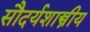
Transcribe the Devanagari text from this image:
सौदर्यशास्त्रीय